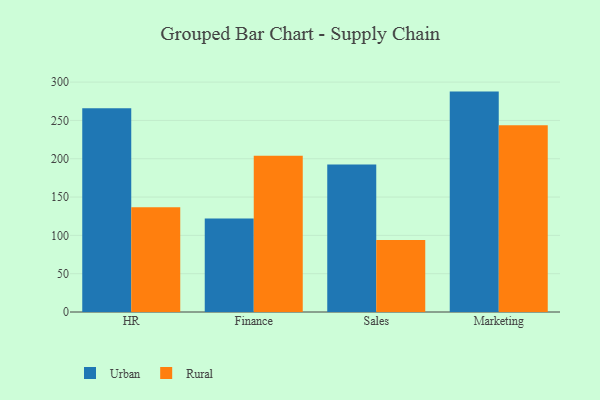
{"axis": {"x": "Department", "y": "Energy Usage (MWh)"}, "legend": ["Rural", "Urban"], "data": [{"x": "HR", "y": 265.8, "type": "Urban"}, {"x": "HR", "y": 136.8, "type": "Rural"}, {"x": "Finance", "y": 122.1, "type": "Urban"}, {"x": "Finance", "y": 204.0, "type": "Rural"}, {"x": "Sales", "y": 192.6, "type": "Urban"}, {"x": "Sales", "y": 93.8, "type": "Rural"}, {"x": "Marketing", "y": 287.6, "type": "Urban"}, {"x": "Marketing", "y": 243.8, "type": "Rural"}]}